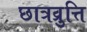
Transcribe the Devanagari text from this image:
छात्रव्रुत्ति